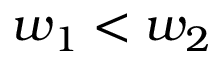
w _ { 1 } < w _ { 2 }